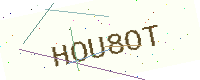
Text: HOU8OT